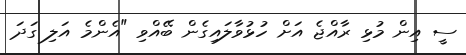
ސީ އިން މުޅި ރާއްޖެ އަށް ހުޅުވާލައިގެން ބޭއްވި "އެންމެ އަލި ގަދަ